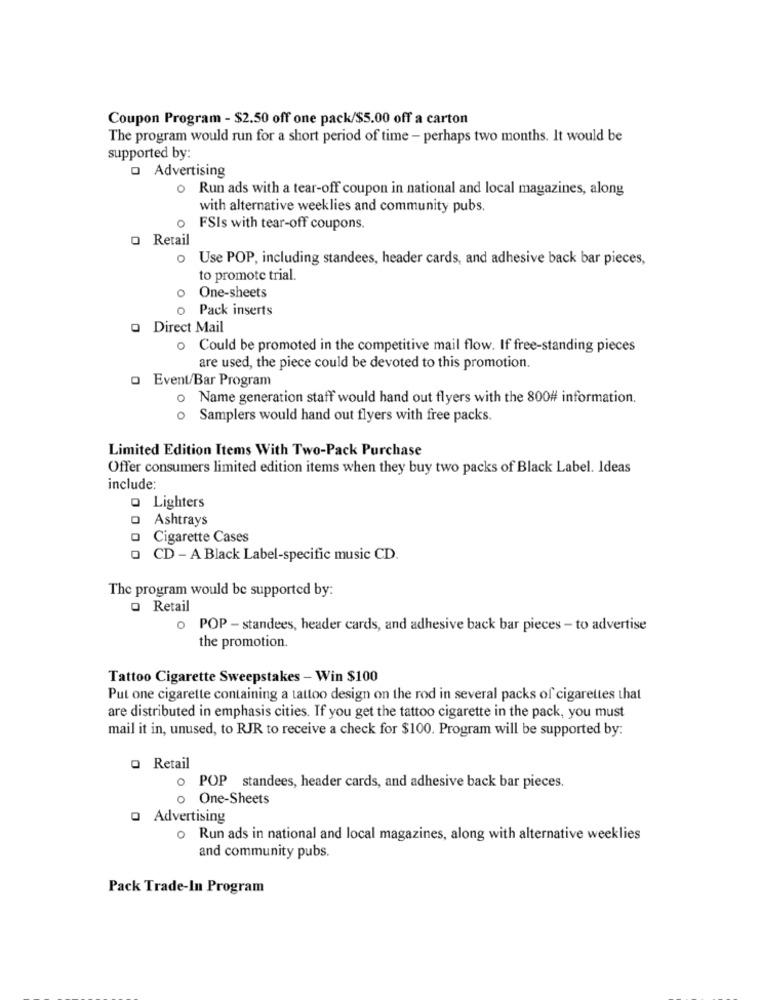
Coupon Program - $2.50 off one pack/$5.00 off a carton
The program would run for a short period of time - perhaps two months. It would be
supported by:
o Advertising
o Run ads with a tear-off coupon in national and local magazines, along
with alternative weeklies and community pubs.
O
FSIs with tear-off coupons.
o Retail
o Use POP, including standees, header cards, and adhesive back bar pieces,
to promote trial.
o One-sheets
o Pack inserts
o Direct Mail
o Could be promoted in the competitive mail flow. If free-standing pieces
are used, the piece could be devoted to this promotion.
o Event/Bar Program
o Name generation staff would hand out flyers with the 800# information.
o Samplers would hand out flyers with free packs.
Limited Edition Items With Two-Pack Purchase
Offer consumers limited edition items when they buy two packs of Black Label. Ideas
include:
o Lighters
O Ashtrays
Cigarette Cases
o CD - A Black Label-specific music CD.
The program would be supported by:
o Retail
o POP - standees, header cards, and adhesive back bar pieces - to advertise
the promotion.
Tattoo Cigarette Sweepstakes - Win $100
Put one cigarette containing a tattoo design on the rod in several packs of cigarettes that
are distributed in emphasis cities. If you get the tattoo cigarette in the pack, you must
mail it in, unused, to RJR to receive a check for $100. Program will be supported by:
o Retail
o POP standees, header cards, and adhesive back bar pieces.
o One-Sheets
o Advertising
o Run ads in national and local magazines, along with alternative weeklies
and community pubs.
Pack Trade-In Program